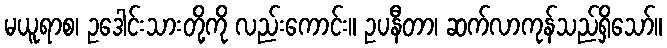
မယူရာစ၊ ဥဒေါင်းသားတို့ကို လည်းကောင်း။ ဥပနီတာ၊ ဆက်လာကုန်သည်ရှိသော်။